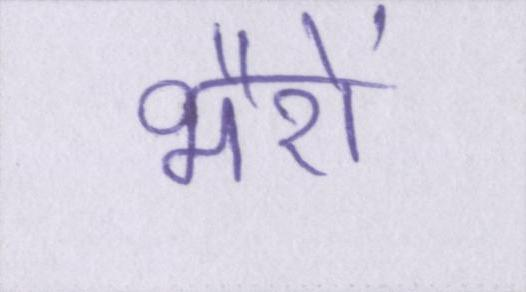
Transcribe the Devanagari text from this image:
भैरों